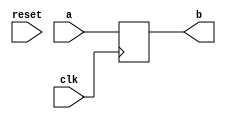
`timescale 1ns / 1ps
//////////////////////////////////////////////////////////////////////////////////
// Company: 
// Engineer: 
// 
// Design Name: 
// Module Name:    reg 
// Project Name: 
// Target Devices: 
// Tool versions: 
// Description: 
//
// Dependencies: 
//
// Revision: 
// Revision 0.01 - File Created
// Additional Comments: 
//
//////////////////////////////////////////////////////////////////////////////////
module enabled_register #(parameter WIDTH = 32)
			(input clk, reset,
			 input [WIDTH-1:0] a,
			 output reg [WIDTH-1:0] b);
	 
always @(posedge clk)
	b <= a;


endmodule